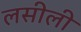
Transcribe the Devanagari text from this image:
लसीली